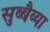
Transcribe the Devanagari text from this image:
सुब्बैय्या